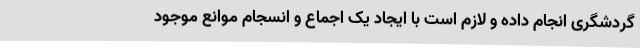
گردشگری انجام داده و لازم است با ایجاد یک اجماع و انسجام موانع موجود